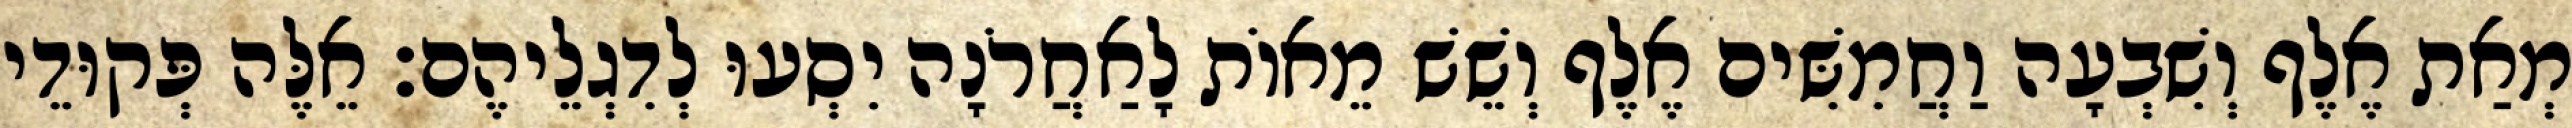
מְאַת אֶלֶף וְשִׁבְעָה וַחֲמִשִּׁים אֶלֶף וְשֵׁשׁ מֵאוֹת לָאַחֲרֹנָה יִסְעוּ לְדִגְלֵיהֶם׃ אֵלֶּה פְּקוּדֵי